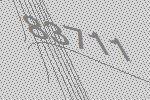
83711